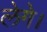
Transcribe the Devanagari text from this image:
लेगे।